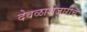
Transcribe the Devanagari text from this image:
देवळाशेजारीच